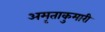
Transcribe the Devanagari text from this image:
अमृताकुमारी